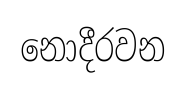
නොදීරවන